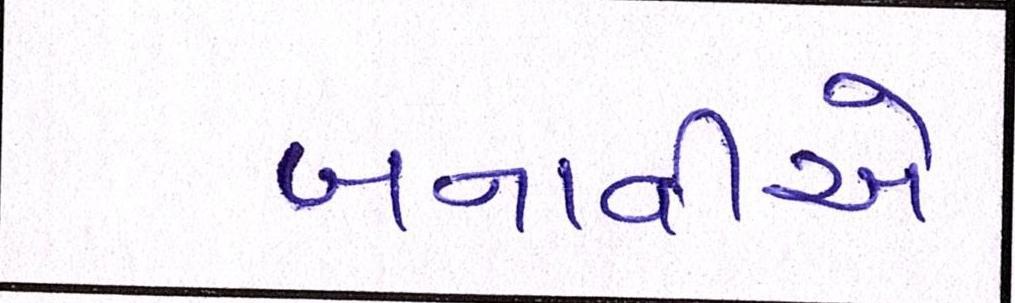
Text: બનાવીએ